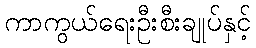
ကာကွယ်ရေးဦးစီးချုပ်နှင့်